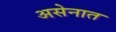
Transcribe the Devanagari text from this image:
असेनात